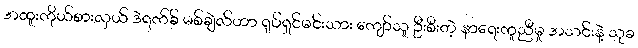
အထူးကိုယ်စားလှယ် ဒဲရက်ခ် မစ်ချဲလ်ဟာ ရုပ်ရှင်မင်းသား ကျော်သူ ဦးစီးတဲ့ နာရေးကူညီမှု အသင်းနဲ့ သုခ